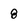
Character: 8